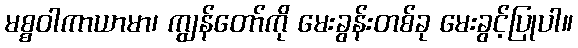
မစ္စဝါကာယာမာ၊ ကျွန်တော်ကို မေးခွန်းတစ်ခု မေးခွင့်ပြုပါ။